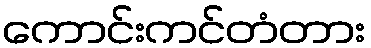
ကောင်းကင်တံတား